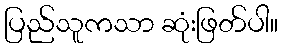
ပြည်သူကသာ ဆုံးဖြတ်ပါ။